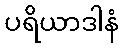
ပရိယာဒါနံ